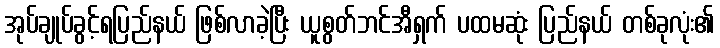
အုပ်ချုပ်ခွင့်ရပြည်နယ် ဖြစ်လာခဲ့ပြီး ယူစွတ်ဘင်အီရှက် ပထမဆုံး ပြည်နယ် တစ်ခုလုံး၏